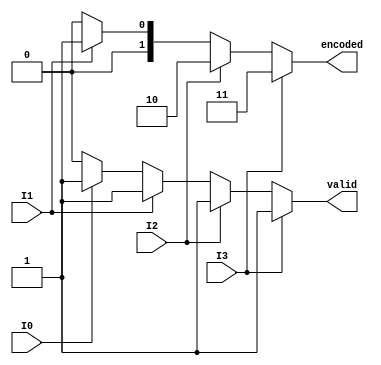
module dual_priority_encoder (
    input wire I0,  // Input 0
    input wire I1,  // Input 1
    input wire I2,  // Input 2
    input wire I3,  // Input 3
    output reg [1:0] encoded,  // 2-bit encoded output
    output reg valid  // Valid signal
);

    always @(*) begin
        // Default values
        encoded = 2'b00;  // Default output (no active input)
        valid = 1'b0;     // Default valid signal (no active input)

        // Check inputs from highest priority to lowest
        if (I3) begin
            encoded = 2'b11; // Output for I3
            valid = 1'b1;    // At least one input is active
        end else if (I2) begin
            encoded = 2'b10; // Output for I2
            valid = 1'b1;    // At least one input is active
        end else if (I1) begin
            encoded = 2'b01; // Output for I1
            valid = 1'b1;    // At least one input is active
        end else if (I0) begin
            encoded = 2'b00; // Output for I0
            valid = 1'b1;    // At least one input is active
        end
        // If no inputs are active, encoded remains 2'b00 and valid remains 1'b0
    end

endmodule